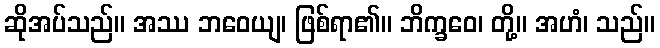
ဆိုအပ်သည်။ အဿ ဘဝေယျ၊ ဖြစ်ရာ၏။ ဘိက္ခဝေ၊ တို့။ အဟံ၊ သည်။